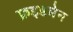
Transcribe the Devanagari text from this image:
फ्रइडमेन